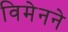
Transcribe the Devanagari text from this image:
विमेनने